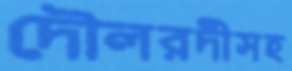
দৌলরদীসহ